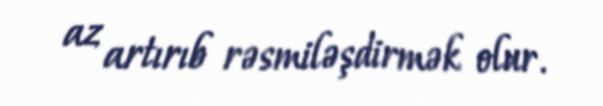
az artırıb rəsmiləşdirmək olur.